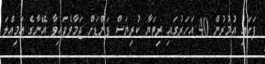
ފަށައި އުމުރުން 40 އަހަރުގައި ރިޓަޔާ ކުރިޔަސް ފަންޑަށް ޖަމާވެފައިވާ އޭނާގެ އަމިއްލަ